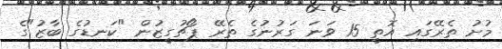
މުށު ތެރޭގައި އޮތީ 15 ވަނަ ގަރުނުގެ ތެރޭ ޕޯޗުގީޒުން "ކަނޑުގެ ބާޒު"ގެ